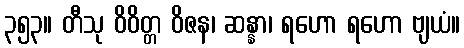
၃၅၃။ တီသု ဝိဝိတ္တ ဝိဇန၊ ဆန္နာ၊ ရဟော ရဟော ဗျယံ။